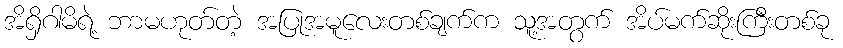
အိရှိဂါမိရဲ့ ဘာမဟုတ်တဲ့ အပြုအမူလေးတစ်ချက်က သူ့အတွက် အိပ်မက်ဆိုးကြီးတစ်ခု